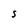
Character: S